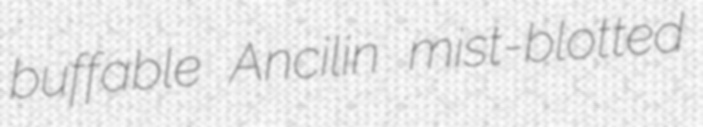
buffable Ancilin mist-blotted